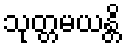
သုတ္တမယန္တိ